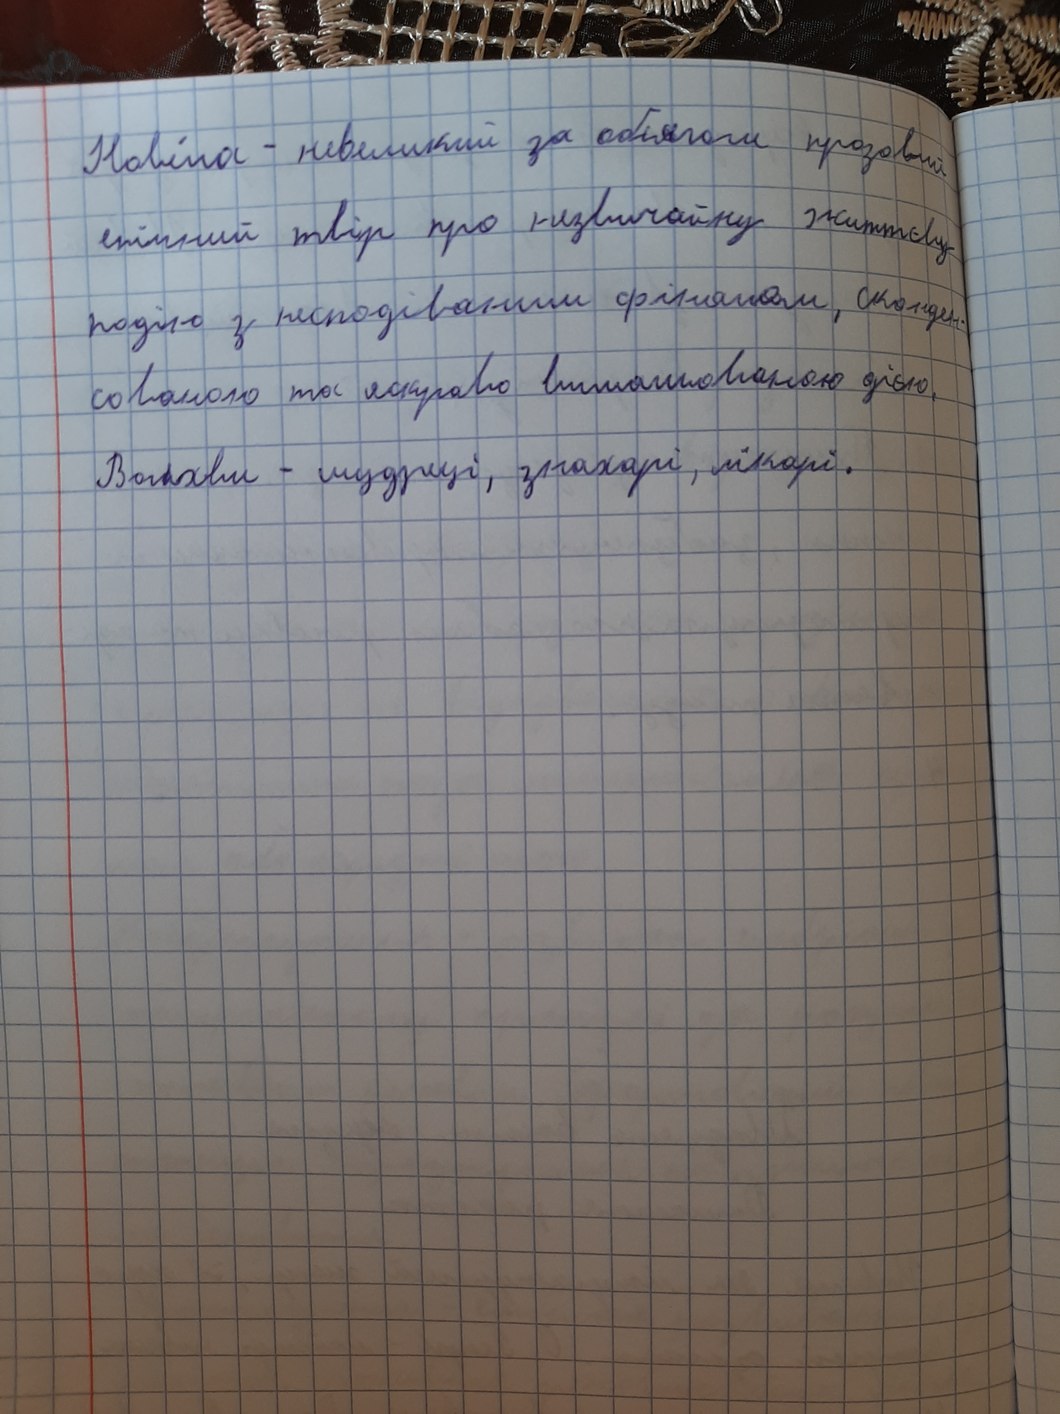
Новела-невеликий за обсягом прозовий
епічний твір про незвичайну життеву
подію з несподіваним фіналом, сконден-
сованою та яскравою встановленою дією
Волхви - мудреці, знахарі, лікарі.